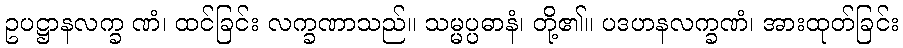
ဥပဋ္ဌာနလက္ခ ဏံ၊ ထင်ခြင်း လက္ခဏာသည်။ သမ္မပ္ပဓာနံ၊ တို့၏။ ပဒဟနလက္ခဏံ၊ အားထုတ်ခြင်း